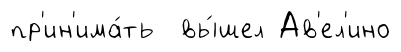
пр'ин'има́ть вы́шел Ав'ел'ино